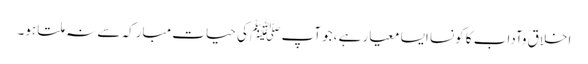
اخلاق وآداب کا کونسا ایسا معیار ہے ،جو آپ ﷺ کی حیات مبارکہ سے نہ ملتا ہو۔